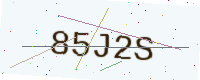
Text: 85J2S